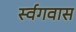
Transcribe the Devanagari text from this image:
र्स्वगवास